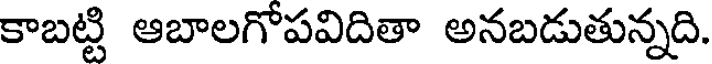
కాబట్టి ఆబాలగోపవిదితా అనబడుతున్నది.